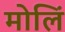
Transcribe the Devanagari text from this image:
मोलिं